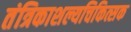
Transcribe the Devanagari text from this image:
तंत्रिकाशल्यचिकित्सक